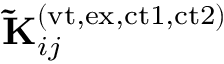
\mathbf { \widetilde { K } } _ { i j } ^ { ( \mathrm { v t , e x , c t 1 , c t 2 } ) }